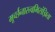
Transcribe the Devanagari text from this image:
मूर्च्छनास्त्वभिसंज्ञिता